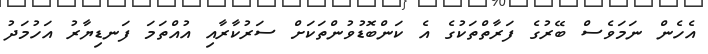
އެހެން ނަމަވެސް ބޭރުގެ ފަރާތްތަކުގެ އެ ކަންބޮޑުވުންތަކަށް ސަރުކާރާއި އުއްތަމަ ފަނޑިޔާރު އަހުމަދު